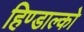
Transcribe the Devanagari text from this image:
हिण्डाल्को